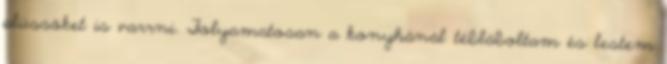
plüssöket is varrni. Folyamatosan a konyhánál tébláboltam és lestem